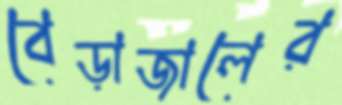
বেড়াজালের